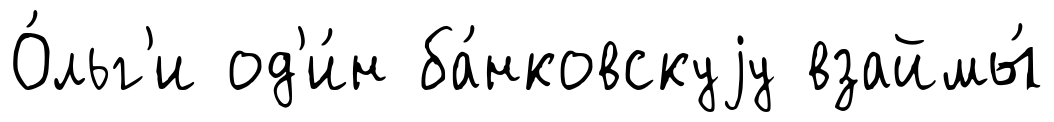
О́льг'и од'и́н ба́нковскуjу взаймы́